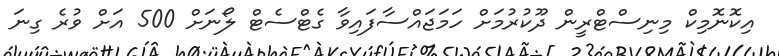
އިކޮނޮމިކް މިނިސްޓްރީން ދޫކުރުމަށް ހަމަޖައްސާފައިވާ ގެޓްސެޓް ލޯނަށް 500 އަށް ވުރެ ގިނަ